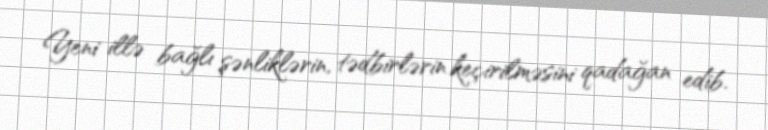
Yeni illə bağlı şənliklərin, tədbirlərin keçirilməsini qadağan edib.